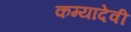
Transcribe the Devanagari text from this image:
कम्यादेवी